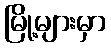
မြို့များမှာ